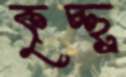
কৃচ্ছ্র